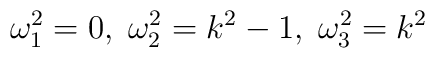
\omega_1^2 =0,\;\omega_2^2=k^2-1,\;\omega_3^2=k^2